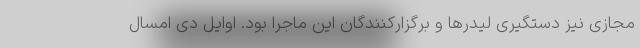
مجازی نیز دستگیری لیدرها و برگزارکنندگان این ماجرا بود. اوایل دی امسال